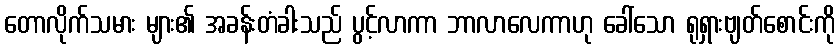
တောလိုက်သမား များ၏ အခန်းတံခါးသည် ပွင့်လာကာ ဘာလာလေကာဟု ခေါ်သော ရုရှားဗျတ်စောင်းကို